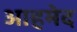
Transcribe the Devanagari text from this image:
आहमेद